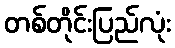
တစ်တိုင်းပြည်လုံး